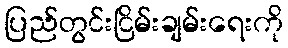
ပြည်တွင်းငြိမ်းချမ်းရေးကို